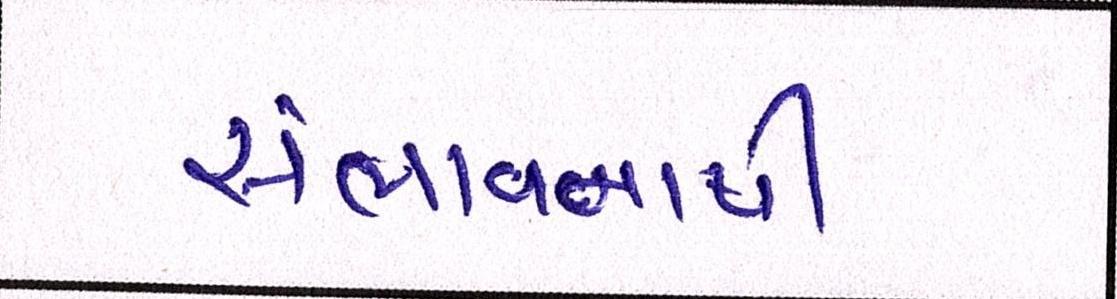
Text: સંભાવનાથી